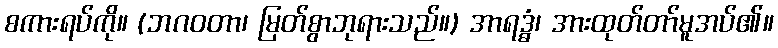
စကားရပ်ကို။ (ဘဂဝတာ၊ မြတ်စွာဘုရားသည်။) အာရဒ္ဓံ၊ အားထုတ်တာ်မူအပ်၏။